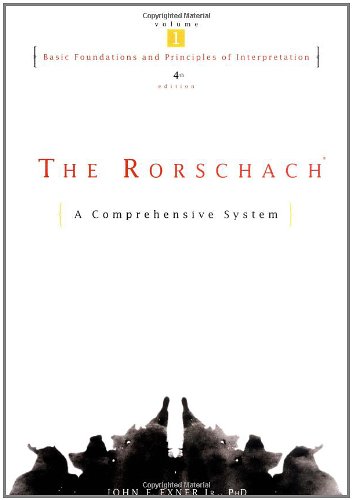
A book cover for The Rorschach, Basic Foundations and Principles of Interpretation Volume 1; John E. Exner; Medical Books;